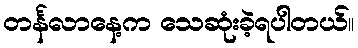
တင်္နလာနေ့က သေဆုံးခဲ့ရပါတယ်။